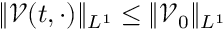
\| \mathcal { V } ( t , \cdot ) \| _ { L ^ { 1 } } \leq \| \mathcal { V } _ { 0 } \| _ { L ^ { 1 } }